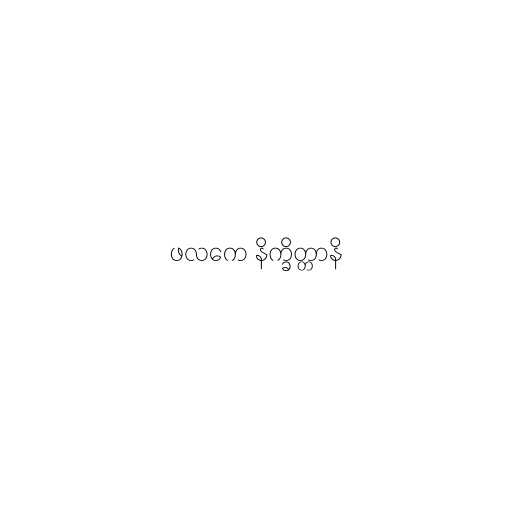
ဖလကေ နိက္ခိတ္တာနိ